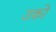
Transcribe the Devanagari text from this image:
उको